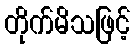
တိုက်မိသဖြင့်